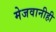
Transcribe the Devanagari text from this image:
मेजवानीही